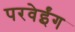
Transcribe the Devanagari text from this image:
परवेईंग